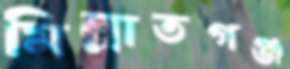
মিল্লাতগঞ্জ